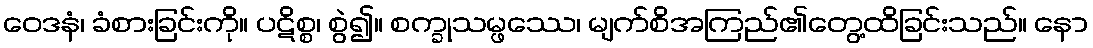
ဝေဒနံ၊ ခံစားခြင်းကို။ ပဋိစ္စ၊ စွဲ၍။ စက္ခုသမ္ဖဿေ၊ မျက်စိအကြည်၏တွေ့ထိခြင်းသည်။ နော